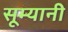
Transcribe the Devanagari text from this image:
सूम्‍यानी